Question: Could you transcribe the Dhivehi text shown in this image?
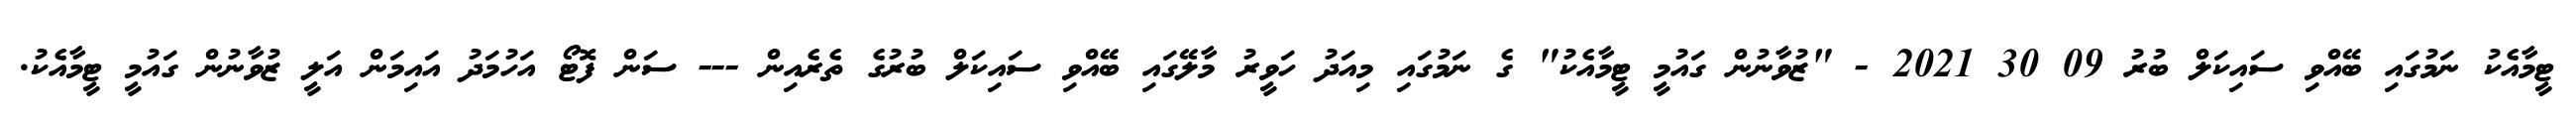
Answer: ޓީމާއެކު ނަމުގައި ބޭއްވި ސައިކަލް ބުރު 09 30 2021 - "ޒުވާނުން ގައުމީ ޓީމާއެކު" ގެ ނަމުގައި މިއަދު ހަވީރު މާލޭގައި ބޭއްވި ސައިކަލް ބުރުގެ ތެރެއިން --- ސަން ފޮޓޯ އަހުމަދު އައިމަން އަލީ ޒުވާނުން ގައުމީ ޓީމާއެކު.